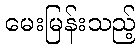
မေးမြန်းသည့်